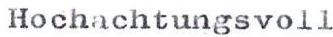
Hochachtungsvoll